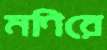
মণিরে